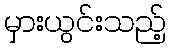
မှားယွင်းသည့်